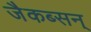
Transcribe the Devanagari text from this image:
जैकब्सन्